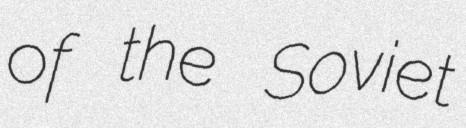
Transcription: of the Soviet